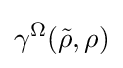
\gamma ^{\Omega }({\tilde {\rho }},\rho )